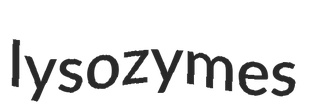
lysozymes